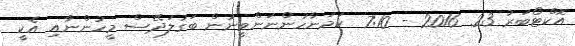
އޮކްޓޯބަރު 23